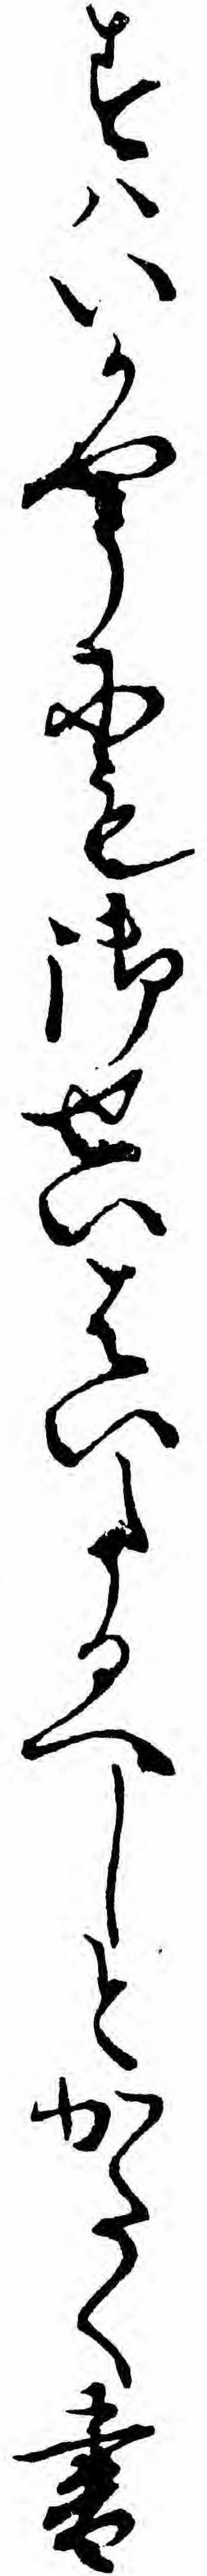
すハいかやうにも御せいはいたるへしとかたく書